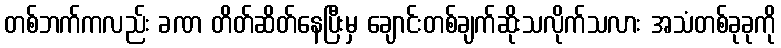
တစ်ဘက်ကလည်း ခဏ တိတ်ဆိတ်နေပြီးမှ ချောင်းတစ်ချက်ဆိုးသလိုက်သလား အသံတစ်ခုခုကို